Report on sanitation, dispensaries, and jails in Rajputana for 1912, and on vaccination for the year 1912-1913 - 1912-1913
Year: 1912
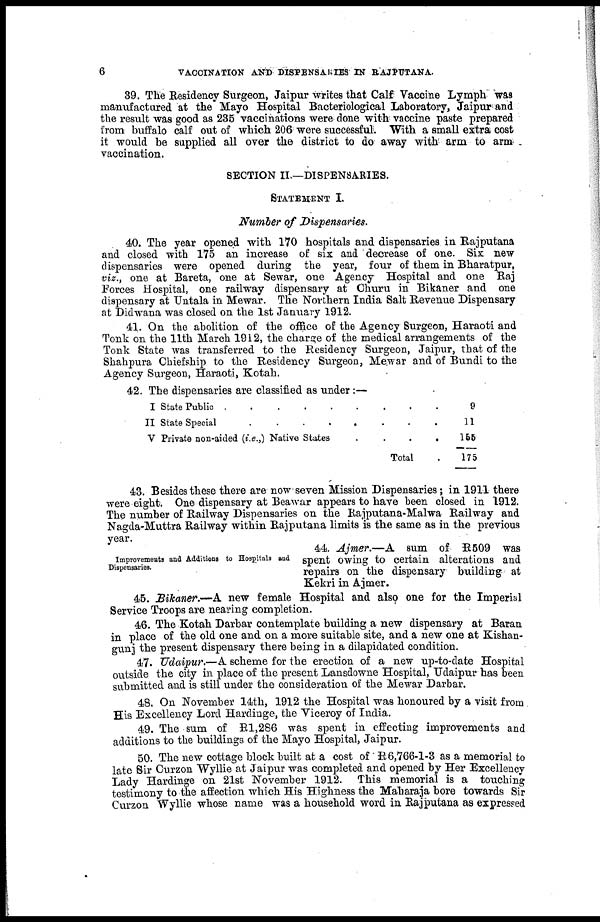
6
VACCINATION AND DISPENSARIES IN RAJPUTANA.
39. The Residency Surgeon, Jaipur writes that Calf Vaccine Lymph was
manufactured at the Mayo Hospital Bacteriological Laboratory, Jaipur and
the result was good as 235 vaccinations were done with vaccine paste prepared
from buffalo calf out of which 206 were successful. With a small extra cost
it would be supplied all over the district to do away with arm to arm
vaccination.
SECTION II.—DISPENSARIES.
STATEMENT I.
Number of Dispensaries.
40. The year opened with 170 hospitals and dispensaries in Rajputana
and closed with 175 an increase of six and decrease of one. Six new
dispensaries were opened during the year, four of them in Bharatpur,
viz., one at Bareta, one at Sewar, one Agency Hospital and one Raj
Forces Hospital, one railway dispensary at Churu in Bikaner and one
dispensary at Untala in Mewar. The Northern India Salt Revenue Dispensary
at Didwana was closed on the 1st January 1912.
41. On the abolition of the office of the Agency Surgeon, Haraoti and
Tonk on the 11th March 1912, the charge of the medical arrangements of the
Tonk State was transferred to the Residency Surgeon, Jaipur, that of the
Shahpura Chiefship to the Residency Surgeon, Mewar and of Bundi to the
Agency Surgeon, Haraoti, Kotah.
42. The dispensaries are classified as under :—
I State Public
.
.
.
.
.
II State Special . . .. . .
V Private non-aided (i.e.,) Native States
.
.
.
.
Total .
9
11
155
175
43. Besides these there are now seven Mission Dispensaries; in 1911 there
were eight. One dispensary at Beawar appears to have been closed in 1912.
The number of Railway Dispensaries on the Rajputana-Malwa Railway and
Nagda-Muttra Railway within Rajputana limits is the same as in the previous
year.
Improvements and Additions to Hospitals and
Dispensaries.
44. Ajmer.—A
sum of R509 was
spent owing to certain alterations and
repairs on the dispensary building at
Kekri in Ajmer.
45. Bikaner.—A new female Hospital and also one for the Imperial
Service Troops are nearing completion.
46. The Kotah Darbar contemplate building a new dispensary at Baran
in place of the old one and on a more suitable site, and a new one at Kishan-
gunj the present dispensary there being in a dilapidated condition.
47. Udaipur.—A scheme for the erection of a new up-to-date Hospital
outside the city in place of the present Lansdowne Hospital, Udaipur has been
submitted and is still under the consideration of the Mewar Darbar.
48. On November 14th, 1912 the Hospital was honoured by a visit from
His Excellency Lord Hardinge, the Viceroy of India.
49. The sum of R1,286 was spent in effecting improvements and
additions to the buildings of the Mayo Hospital, Jaipur.
50. The new cottage block built at a cost of R6,766-1-3 as a memorial to
late Sir Curzon Wyllie at Jaipur was completed and opened by Her Excellency
Lady Hardinge on 21st November 1912. This memorial is a touching
testimony to the affection which His Highness the Maharaja bore towards Sir
Curzon Wyllie whose name was a household word in Rajputana as expressed